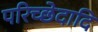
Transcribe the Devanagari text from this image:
परिच्छेदादि